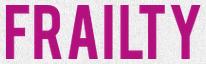
FRAILTY